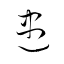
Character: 盡